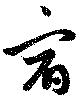
宿